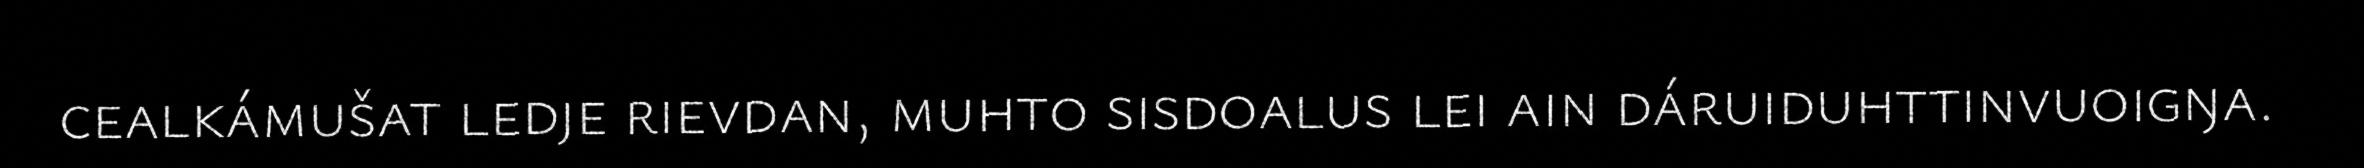
cealkámušat ledje rievdan, muhto sisdoalus lei ain dáruiduhttinvuoigŋa.